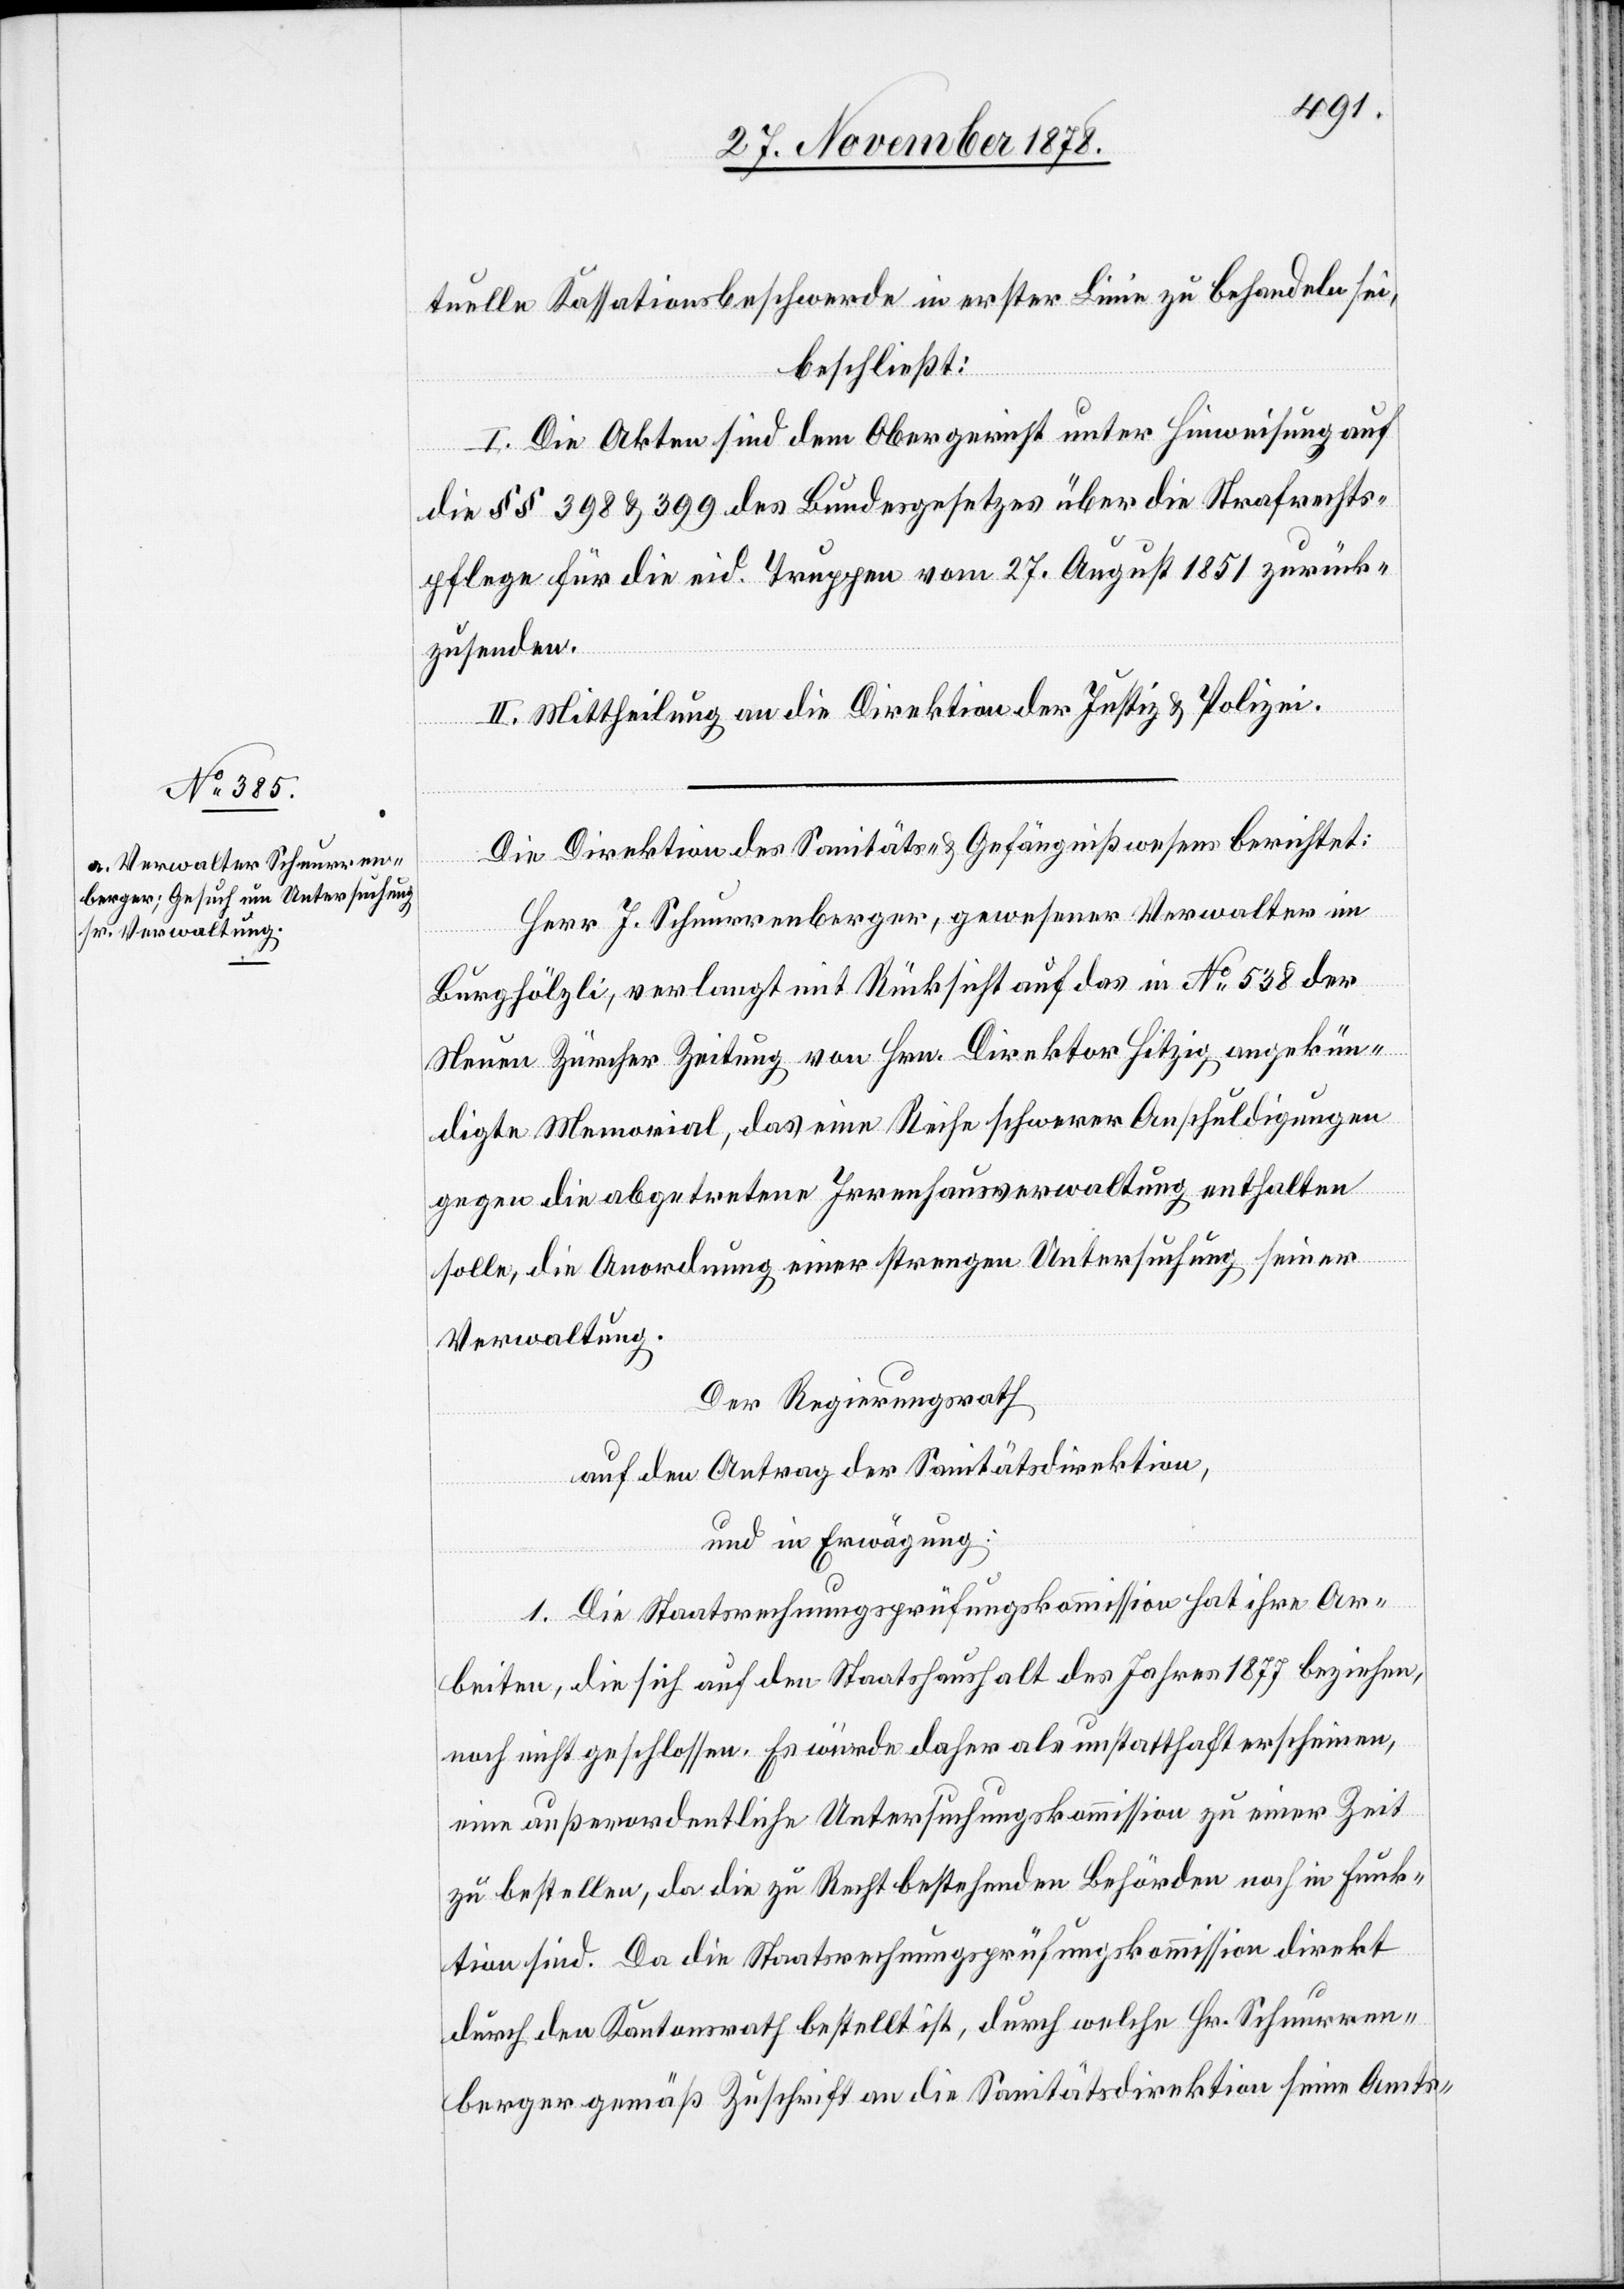
tuelle Kassationsbeschwerde in erster Linie zu behandeln sei,
beschließt:
I. Die Akten sind dem Obergericht unter Hinweisung auf
die §§ 398 & 399 des Bundesgesetzes über die Strafrechts¬
pflege für die eid. Truppen vom 27. August 1851 zurück¬
zusenden.
1.
II. Mittheilung an die Direktion der Justiz & Polizei.
[si¬
Die Direktion des Sanitäts- & Gefängnißwesens berichtet:
Herr J. Schnurrenberger, gewesener Verwalter im
Burghölzli, verlangt mt Rücksicht auf das in No 538 der
Neuen Zürcher Zeitung von Hrn. Direktor Hitzig angekün¬
digte Memorial, das eine Reihe schwerer Anschuldigungen
gegen die abgetretene Irrenhausverwaltung enthalten
solle, die Anordnung einer strengen Untersuchung seiner
Verwaltung.
Der Regierungsrath
auf den Antrag der Sanitätsdirektion,
und in Erwägung:
c!] Die Staatsrechnungsprüfungskommission hat ihre Ar¬
beiten, die sich auf den Staatshaushalt des Jahres 1877 beziehen,
noch nicht geschlossen. Es würde daher als unstatthaft erscheinen,
eine außerordentliche Untersuchungskommission zu einer Zeit
zu bestellen, da die zu Recht bestehenden Behörden noch in Funk¬
tion sind. Da die Staatsrechnungsprüfungskommission direkt
durch den Kantonsrath bestellt ist, durch welche Hr. Schnurren¬
berger gemäß Zuschrift an die Sanitätsdirektion seine Amts-